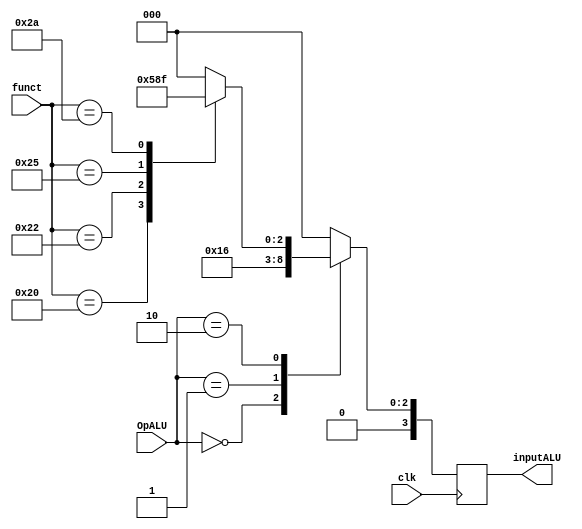
module ULAControl(input            clk,
			      input      [0:1] OpALU,
				  input      [0:5] funct,
				  output reg [0:3] inputALU);
		   
	
	always @(negedge clk) begin 
		case (OpALU)
			2'b00: inputALU <= 4'b0010; //4 bits, add, porque  LW e/ou SW
			2'b01: inputALU <= 4'b0110; //4 bits, branch equal 
			2'b10: case (funct)
				6'b100000: inputALU <= 4'b0010; //add
				6'b100010: inputALU <= 4'b0110; //subtract
				6'b100100: inputALU <= 4'b0000; //AND
				6'b100101: inputALU <= 4'b0001; //OR
				6'b101010: inputALU <= 4'b0111; //slt
				default: inputALU <= 4'b0000;
			endcase
			default: inputALU <= 4'b0000;
		endcase
	end	   
endmodule

// a ula recebe 6 bits de funct e 2 bits de op alu
	// funct s para instrues do tipo r
	// funct 
	// 100000 - add
	// 100010 - subtract
	// 100100 - AND
	// 100101 - or
	// 101010 - set on less than slt
	// OpALU para tipo R: 10
	// OpALU para tipo I: 00
	// OpALU para branch: 01